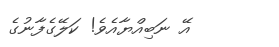
އޭ ނަބިއްޔާއެވެ! ކަލޭގެފާނުގެ